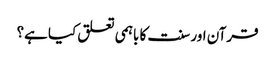
قرآن اور سنت کا باہمی تعلق کیا ہے؟